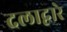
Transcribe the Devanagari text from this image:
दलाद्वारे